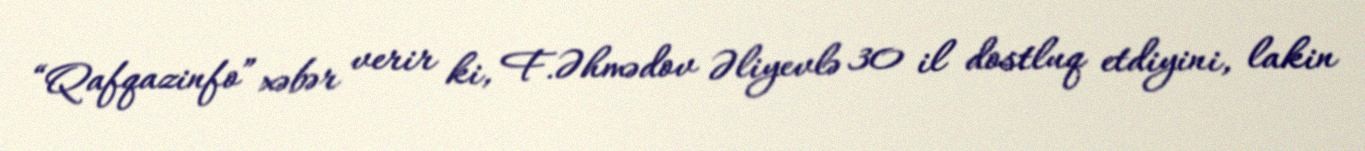
“Qafqazinfo” xəbər verir ki, F.Əhmədov Əliyevlə 30 il dostluq etdiyini, lakin